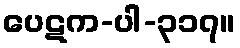
ပေဋက-ပါ-၃၁၇။